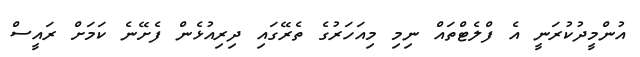
އުންމީދުކުރަނީ އެ ފްލެޓްތައް ނިމި މިއަހަރުގެ ތެރޭގައި ދިރިއުޅެން ފެށޭނެ ކަމަށް ރައީސް